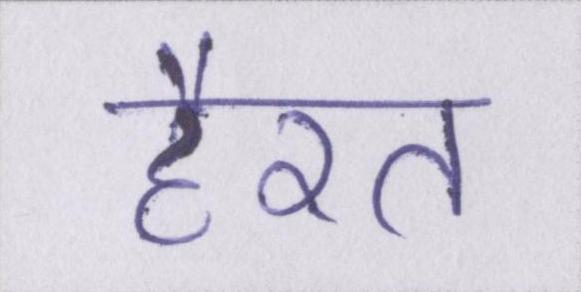
हैरत